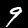
Label: 9